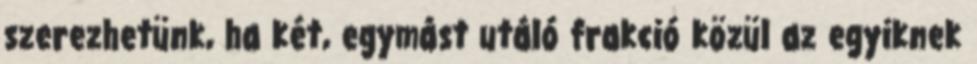
szerezhetünk, ha két, egymást utáló frakció közül az egyiknek